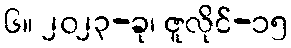
၆။ ၂၀၂၃-ခု၊ ဇူလိုင်-၁၅